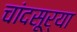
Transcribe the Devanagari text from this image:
चांदसूर्या